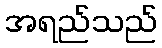
အရည်သည်